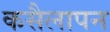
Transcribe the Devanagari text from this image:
कसैलापन